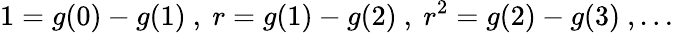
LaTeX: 1=g(0)-g(1)\ ,\ r=g(1)-g(2)\ ,\ r^{2}=g(2)-g(3)\ ,\ldots